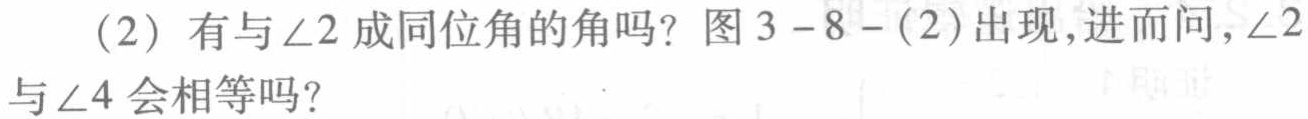
(2) 有与$\angle2$成同位角的角吗？图3 - 8 - (2)出现,进而问,$\angle2$与$\angle4$会相等吗？